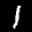
Label: 1